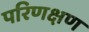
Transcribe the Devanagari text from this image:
परिणक्षण